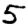
Digit: 5